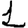
Digit: 1